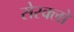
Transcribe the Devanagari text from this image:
सेस्क्लो